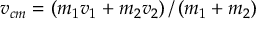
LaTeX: { \boldsymbol { v _ { c m } } } = \left( m _ { 1 } { \boldsymbol { v _ { 1 } } } + m _ { 2 } { \boldsymbol { v _ { 2 } } } \right) / \left( m _ { 1 } + m _ { 2 } \right)